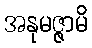
အနုမဇ္ဇာမိ